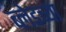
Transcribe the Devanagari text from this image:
ब्लेडच्या